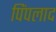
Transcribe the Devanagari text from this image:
पिंपलाद